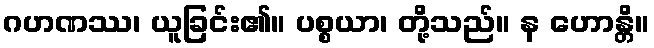
ဂဟဏဿ၊ ယူခြင်း၏။ ပစ္စယာ၊ တို့သည်။ န ဟောန္တိ။